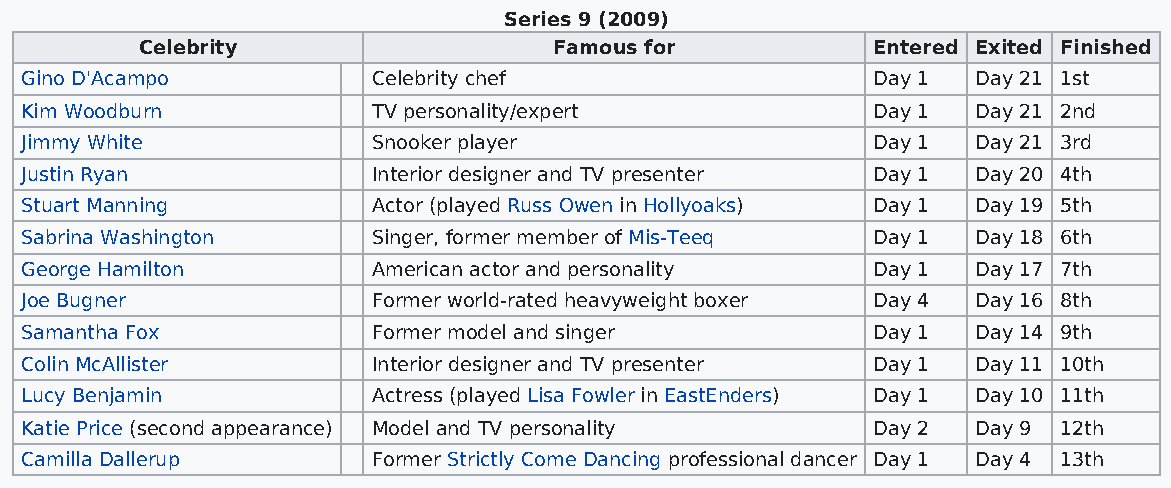
Series 9 (2009)
 Celebrity                   Famous for           Entered Exited Finished
 Gino D'Acampo           Celebrity chef                   Day 1  Day 21 1st
 Kim Woodburn            TV personality/expert            Day 1  Day 21 2nd
 Jimmy White             Snooker player                   Day 1  Day 21 3rd
 Justin Ryan             Interior designer and TV presenter Day 1 Day 20 4th
 Stuart Manning          Actor (played Russ Owen in Hollyoaks) Day 1 Day 19 5th
 Sabrina Washington      Singer, former member of Mis-Teeq Day 1 Day 18 6th
 George Hamilton         American actor and personality   Day 1  Day 17 7th
 Joe Bugner              Former world-rated heavyweight boxer Day 4 Day 16 8th
 Samantha Fox            Former model and singer          Day 1  Day 14 9th
 Colin McAllister        Interior designer and TV presenter Day 1 Day 11 10th
 Lucy Benjamin           Actress (played Lisa Fowler in EastEnders) Day 1 Day 10 11th
 Katie Price (second appearance) Model and TV personality Day 2  Day 9 12th
 Camilla Dallerup        Former Strictly Come Dancing professional dancer Day 1 Day 4 13th